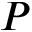
P